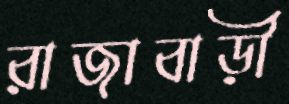
রাজাবাড়ী